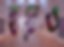
হুদাও